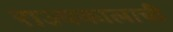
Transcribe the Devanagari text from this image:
राज्यकालाची